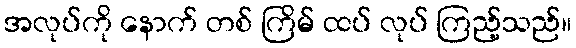
အလုပ်ကို နောက် တစ် ကြိမ် ထပ် လုပ် ကြည့်သည်။